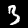
Digit: 3